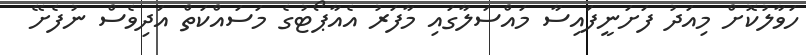
ހަވާލުކޮށް މިއަދު ފަށަނީފައިސާ މައްސަލާގައި މާފަރު އެއާޕޯޓުގެ މަސައްކަތް އަދިވެސް ނުފެށޭ